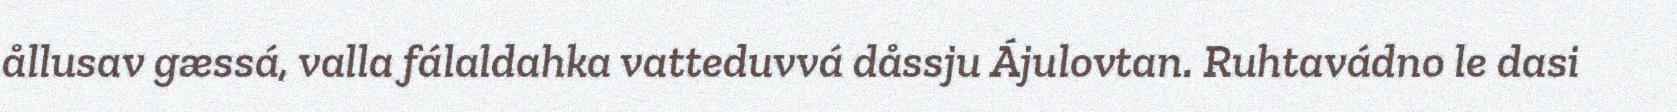
ållusav gæssá, valla fálaldahka vatteduvvá dåssju Ájulovtan. Ruhtavádno le dasi